Civil Veterinary Department Bengal reports 1933-51 - 1933-1951
Year: 1933
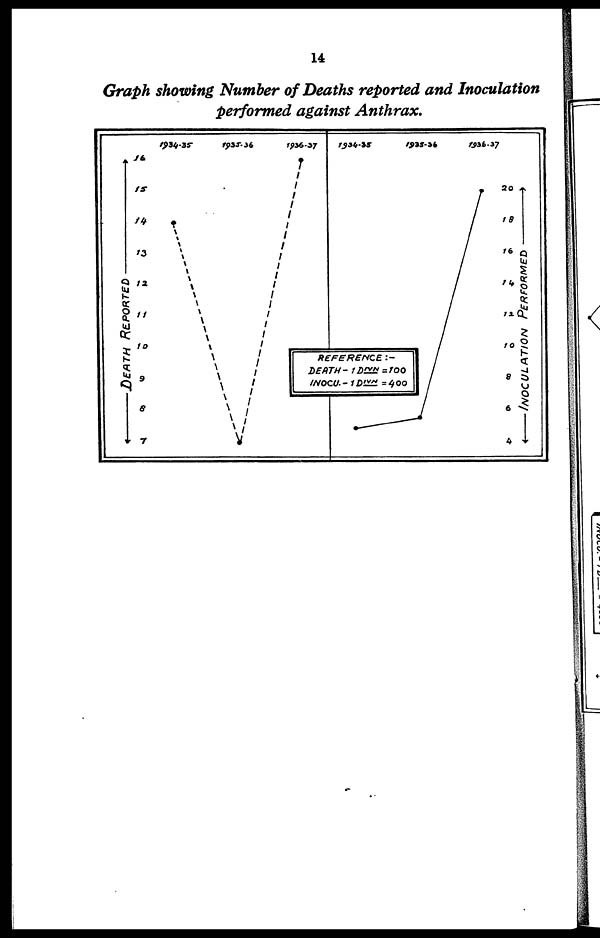
14
Graph showing Number of Deaths reported and Inoculation
performed against Anthrax.